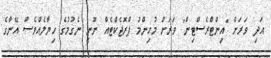
އަދި ވަރަށް "އިންޓްރެސްޓިން" ވަރަށް މުހިންމު ޕްރޮޖެކްޓެއް ނޫނީ ނެގުމުގެ ހިޔާލެއްވެސް އޭނާގެ